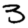
Digit: 3